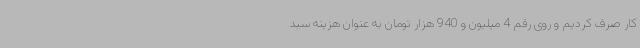
کار صرف کردیم و روی رقم 4 میلیون و 940 هزار تومان به عنوان هزینه سبد